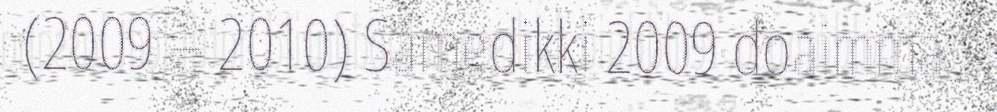
(2009 – 2010) Sámedikki 2009 doaimma